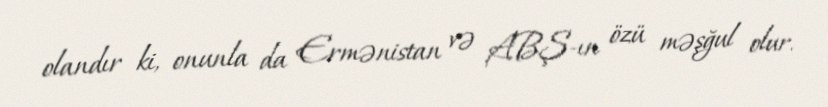
olandır ki, onunla da Ermənistan və ABŞ-ın özü məşğul olur.